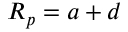
R _ { p } = a + d